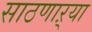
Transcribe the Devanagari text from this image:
साठणाऱ्या